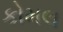
કોમલ